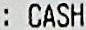
: CASH